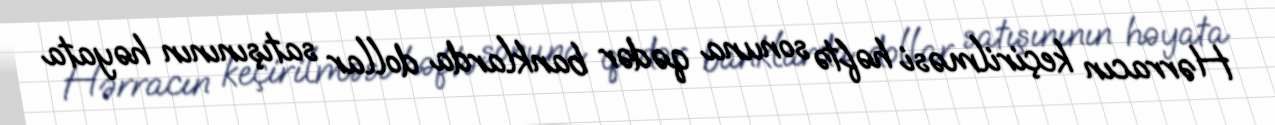
Hərracın keçirilməsi həftə sonuna qədər banklarda dollar satışınının həyata